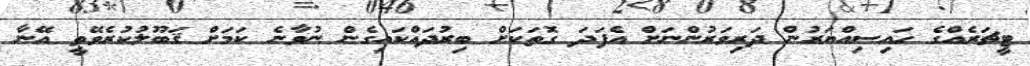
ޓީޗަރެއްގެ ހައިސިއްޔަރުން ދަރިވަރުންނަށް އެފަދަ ގޮތަކަށް ބިރުދައްކައިގެން ނުވާނެ ކަމަށް ޤަބޫލުކުރެވޭތީ އޭނާ